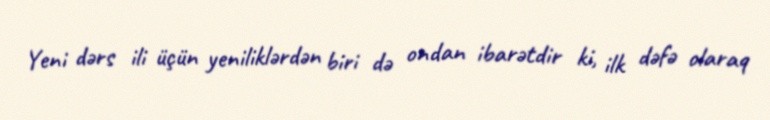
Yeni dərs ili üçün yeniliklərdən biri də ondan ibarətdir ki, ilk dəfə olaraq